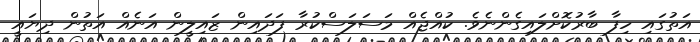
އަތުގައި ހިފާ ބާރުކޮށްލައިގެންނެވެ. ކުއްޖެއް މަސަލަސްކުރާ ފަދައިން ޒައިލީން އަނެއް އަތުން ދިޔައީ